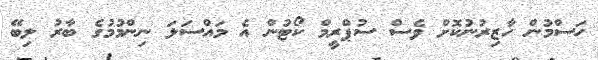
ހަސްމުން ހާޒިރުނުކޮށް ވެސް ސުޕްރީމް ކޯޓުން އެ މައްސަލަ ނިންމުމުގެ ބާރު ލިބޭ